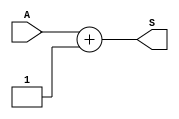
module Adder_1(input [7:0]A,
               output reg [7:0]S);

  always@(*) begin
    S = A + 1'b1;
  end

endmodule